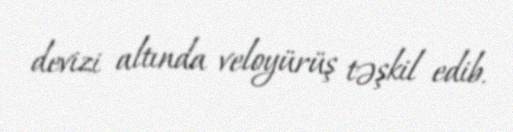
devizi altında veloyürüş təşkil edib.